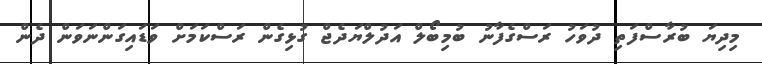
މިދިޔަ ބުރާސްފަތި ދުވަހު ރަސްގެފާނު ބުމިބޯލް އަދުލްޔަދެޖް ގުޅިގެން ރަސްކަމަށް ވަޑައިގަންނަވަން ދެން